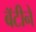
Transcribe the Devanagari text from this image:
बॅटीने